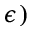
\epsilon )